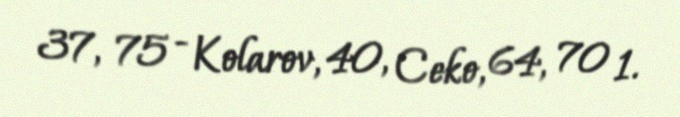
37, 75 - Kolarov, 40, Ceko, 64, 70 1.